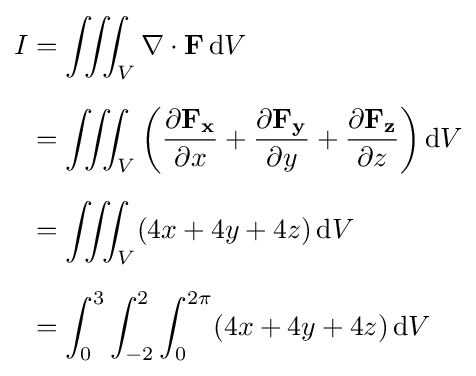
{\begin{aligned}I&=\iiint _{V}\nabla \cdot \mathbf {F} \,\mathrm {d} V\\[6pt]&=\iiint _{V}\left({\frac {\partial \mathbf {F_{x}} }{\partial x}}+{\frac {\partial \mathbf {F_{y}} }{\partial y}}+{\frac {\partial \mathbf {F_{z}} }{\partial z}}\right)\mathrm {d} V\\[6pt]&=\iiint _{V}(4x+4y+4z)\,\mathrm {d} V\\[6pt]&=\int _{0}^{3}\int _{-2}^{2}\int _{0}^{2\pi }(4x+4y+4z)\,\mathrm {d} V\end{aligned}}